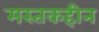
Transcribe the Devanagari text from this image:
मस्तकहीन